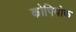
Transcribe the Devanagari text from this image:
कोपियोक